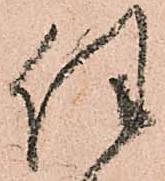
任